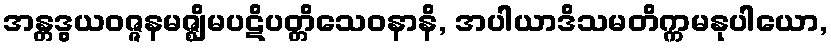
အန္တဒွယဝဇ္ဇနမဇ္ဈိမပဋိပတ္တိသေဝနာနိ, အပါယာဒိသမတိက္ကမနုပါယော,